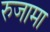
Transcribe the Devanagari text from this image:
रुजामा